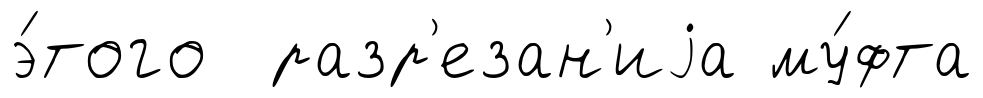
э́того разр'езан'иjа му́фта